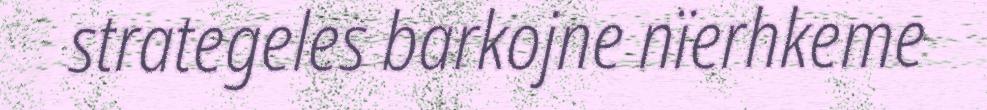
strategeles barkojne nïerhkeme